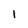
Character: 1